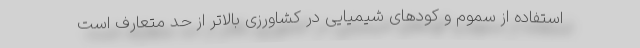
استفاده از سموم و کودهای شیمیایی در کشاورزی بالاتر از حد متعارف است